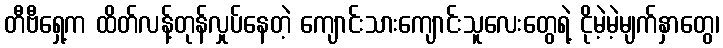
တီဗီရှေ့က ထိတ်လန့်တုန်လှုပ်နေတဲ့ ကျောင်းသားကျောင်းသူလေးတွေရဲ့ ငိုမဲ့မဲ့မျက်နှာတွေ၊